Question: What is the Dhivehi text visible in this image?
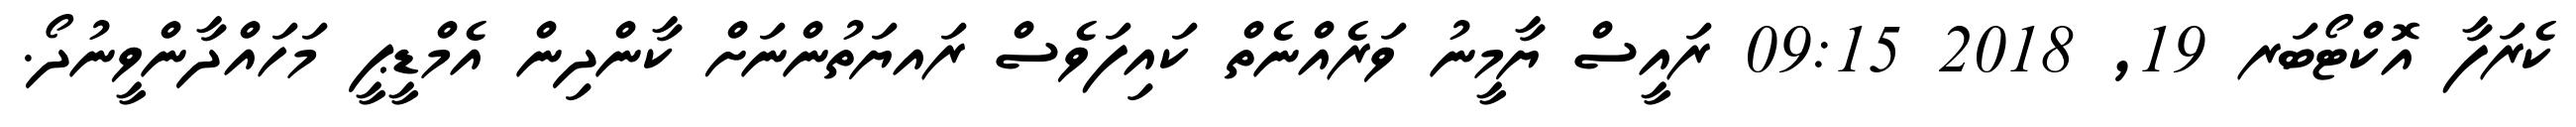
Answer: ކެރަފާ އޮކްޓޯބަރ 19, 2018 09:15 ރައީސް ޔާމީނު ވަރެއްނެތް ކައިފަވެސް ރައޔަތުންނަށް ކާންދިން އެމްޑީޕީ މަހައްދާންވީނުދޯ.